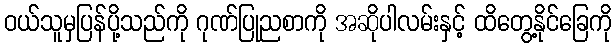
ဝယ်သူမှပြန်ပို့သည်ကို ဂုဏ်ပြုညစာကို အဆိုပါလမ်းနှင့် ထိတွေ့နိုင်ခြေကို